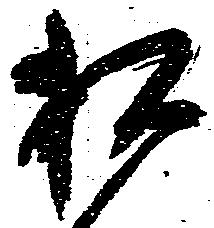
相